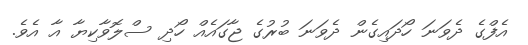
އެފްގެ ދެވަނަ ހޯދައިގެން ދެވަނަ ބުރުގެ ޖާގައެއް ހޯދި ސްލޮވާކިޔާ އާ އެވެ.